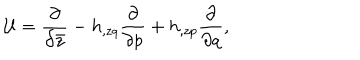
LaTeX: { \cal U } = { \frac { \partial } { \partial \bar { z } } } - h _ { , z q } { \frac { \partial } { \partial p } } + h _ { , z p } { \frac { \partial } { \partial q } } ,